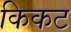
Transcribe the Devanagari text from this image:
किकट